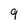
Character: 9